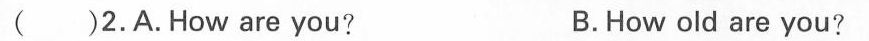
( )2.A.How are you ? B.How old are you?